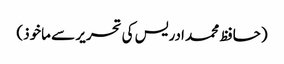
(حافظ محمد ادریس کی تحریر سے ماخوذ)